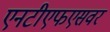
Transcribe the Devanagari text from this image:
एनटीएफएसवर